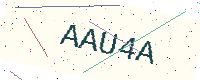
Text: AAU4A